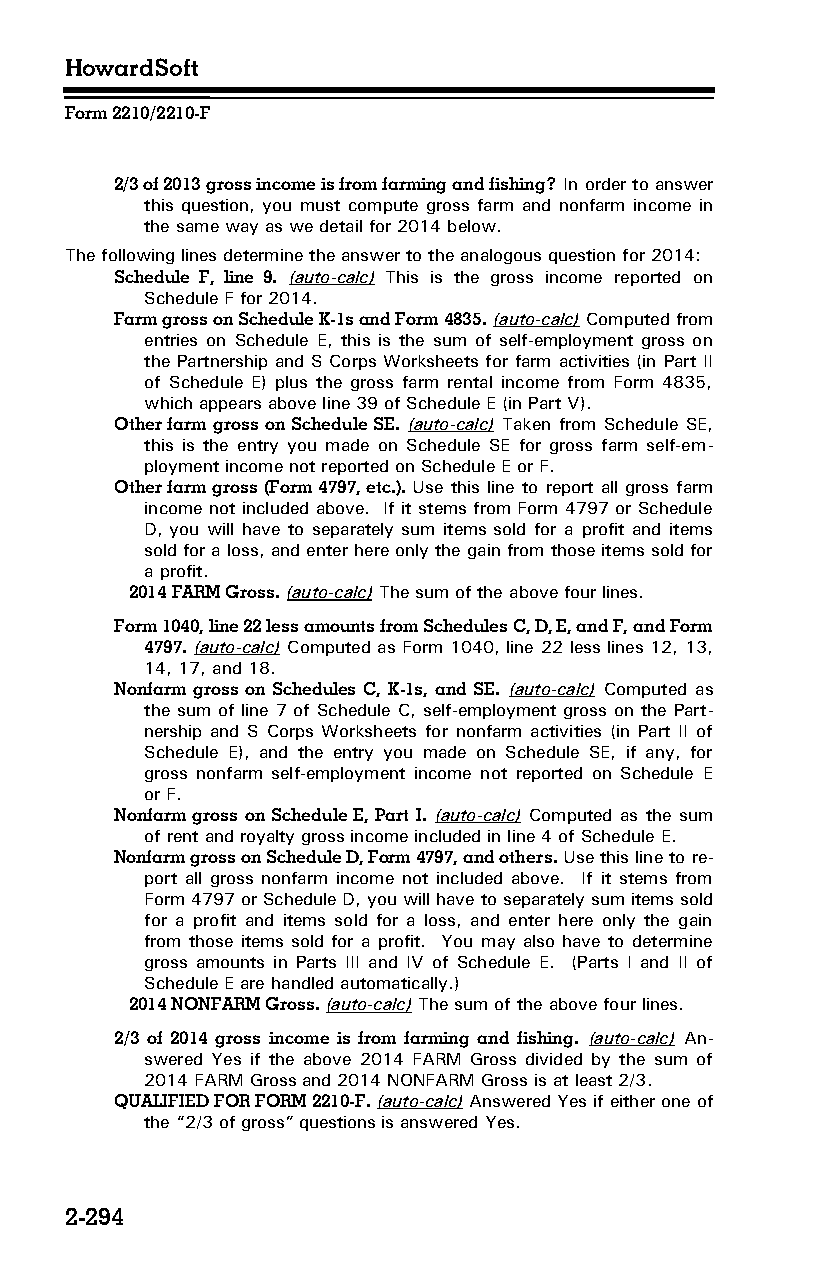
HowardSoft
 Form 2210/2210-F
 2/3 of 2013 gross income is from farming and fishing? In order to answer
 this question, you must compute gross farm and nonfarm income in
 the same way as we detail for 2014 below.
 The following lines determine the answer to the analogous question for 2014:
 Schedule F, line 9. (auto-calc) This is the gross income reported on
 Schedule F for 2014.
 Farm gross on Schedule K-1s and Form 4835. (auto-calc) Computed from
 entries on Schedule E, this is the sum of self-employment gross on
 the Partnership and S Corps Worksheets for farm activities (in Part II
 of Schedule E) plus the gross farm rental income from Form 4835,
 which appears above line 39 of Schedule E (in Part V).
 Other farm gross on Schedule SE. (auto-calc) Taken from Schedule SE,
 this is the entry you made on Schedule SE for gross farm self-em­
 ployment income not reported on Schedule E or F.
 Other farm gross (Form 4797, etc.). Use this line to report all gross farm
 income not included above. If it stems from Form 4797 or Schedule
 D, you will have to separately sum items sold for a profit and items
 sold for a loss, and enter here only the gain from those items sold for
 a profit.
 2014 FARM Gross. (auto-calc) The sum of the above four lines.
 Form 1040, line 22 less amounts from Schedules C, D, E, and F, and Form
 4797. (auto-calc) Computed as Form 1040, line 22 less lines 12, 13,
 14, 17, and 18.
 Nonfarm gross on Schedules C, K-1s, and SE. (auto-calc) Computed as
 the sum of line 7 of Schedule C, self-employment gross on the Part­
 nership and S Corps Worksheets for nonfarm activities (in Part II of
 Schedule E), and the entry you made on Schedule SE, if any, for
 gross nonfarm self-employment income not reported on Schedule E
 or F.
 Nonfarm gross on Schedule E, Part I. (auto-calc) Computed as the sum
 of rent and royalty gross income included in line 4 of Schedule E.
 Nonfarm gross on Schedule D, Form 4797, and others. Use this line to re­
 port all gross nonfarm income not included above. If it stems from
 Form 4797 or Schedule D, you will have to separately sum items sold
 for a profit and items sold for a loss, and enter here only the gain
 from those items sold for a profit. You may also have to determine
 gross amounts in Parts III and IV of Schedule E. (Parts I and II of
 Schedule E are handled automatically.)
 2014 NONFARM Gross. (auto-calc) The sum of the above four lines.
 2/3 of 2014 gross income is from farming and fishing. (auto-calc) An­
 swered Yes if the above 2014 FARM Gross divided by the sum of
 2014 FARM Gross and 2014 NONFARM Gross is at least 2/3.
 QUALIFIED FOR FORM 2210-F. (auto-calc) Answered Yes if either one of
 the “2/3 of gross” questions is answered Yes.
 2-294